Report on vaccination in the Province of Bengal - 1874-1889
Year: 1874
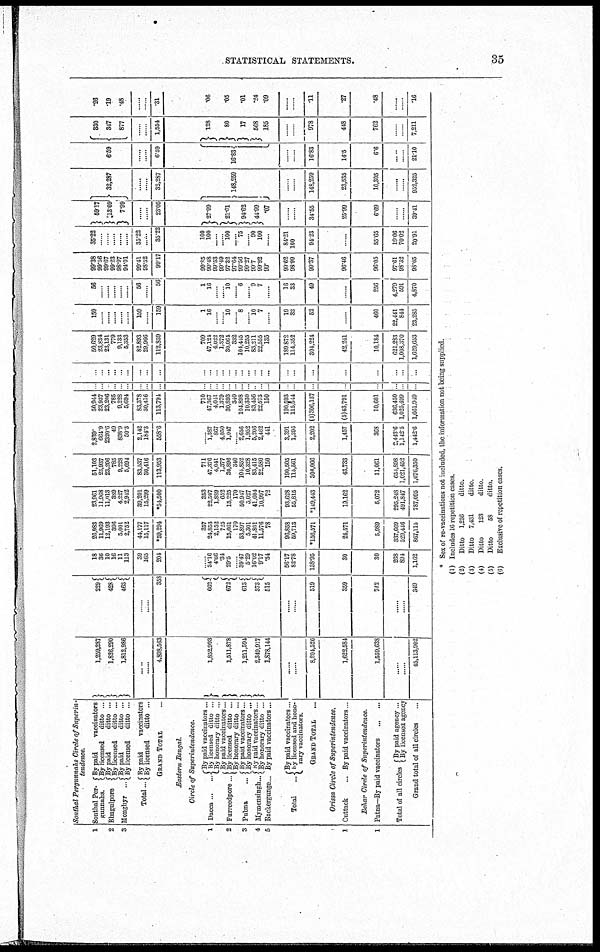
STATISTICAL STATEMENTS.
35
1
2
3
1
2
3
4
5
1
1
Sonthal Pergunnahs
Circle of Superin-
tendence.
Sonthal Per-
gunnahs.
Bhagulpore
Monghyr
...
Total ...
By paid vaccinators
By licensed
ditto ...
By paid
ditto ...
By licensed
ditto ...
By paid
ditto ...
By licensed
ditto ...
By paid
vaccinators
By licensed
ditto ...
GRAND TOTAL ...
Eastern
Bengal.
Circle of
Superintendence.
Dacca ... ...
Furreedpore...
Pubna ...
Mymensingh..
Backergunge..
Total ...
By paid vaccinators...
By licensed ditto ...
By honorary ditto ...
By paid vaccinators...
By licensed ditto ...
By honorary ditto ...
By paid vaccinators...
By honorary ditto ...
By paid vaccinators.
By honorary ditto ...
By paid vaccinators...
By paid vaccinators ..
By licensed and hono-
rary vaccinators.
GRAND TOTAL ...
Orissa Circle of
Superintendence.
Cuttack ...
By paid vaccinators ...
Behar Circle of
Superintendence.
Patna—By paid vaccinators
...
...
Total of all circles
By paid agency ..
By licensed agency
Grand total of all circles ...
1,259,287
1,826,290
1,812,986
......
......
4,898,563
1,852,993
1,511,878
1,211,594
2,349,917
1,878,144
......
......
8,804,526
1,622,584
1,559,638
......
......
45,113,902,
229
428
463
......
......
358
662
672
613
373
615
......
......
519
359
742
......
......
349
18
36
10
16
11
113
39
165
204
......
34.16
4.66
.34
29.5
... 39.47
5.29
16.02
9.17
.34
56.17
82.78
138.95
30
30
268
894
1,162
26,983
11,969
12,193
396
5,001
2,752
44,177
15,117
*59,294
357
24,853
2,152
725
15,661
170
53,897
5,301
41,801
11,576
78
96,858
59,713
*156,571
24,571
5,989
337,669
529,446
867,115
23,961
11,968
11,013
389
4,227
2,942
39,201
15,299
*54,500
353
22,507
1,889
652
15,225
170
50,947
5,027
41,604
10,997
72
93,628
55,815
*149,443
19,162
5,072
295,248
491,847
787,095
51,103
23,937
23,206
785
9,228
5,694
83,537
30,416
113,953
711
47,376
4,041
1,377
30,896
340
104,852
10,328
83,415
22,580
150
190,505
115,561
306,066
43,733
11,061
654,898
1,021,452
1,676,350
2,839.
664.9
2320.6
49
838.9
50.3
2,142
184.3
558.6
...
1,387
867
4,050
1,047
... 2,656
1,952
6,206
2,462
441
3,391
1,396
2,202
1,457
368
2,443.6
1,142.5
1,442.6
50,944
23,937
23,206
785
9,228
5,694
83,378
30,416
113,794
710
47,367
4,041
1,379
30,893
340
104,898
10,330
83,456
22,573
150
190,593
115,544
(4)306,137
(5)43,791
10,601
636,450
1,025,499
1,661,949
...
...
...
...
...
...
...
...
...
...
...
... ...
...
...
...
...
...
...
...
...
...
...
...
...
...
...
...
...
...
...
...
...
...
...
...
...
...
...
... ...
...
...
...
...
...
...
...
...
...
...
...
...
...
...
...
50,629
23,834
23,131
779
9,133
5,353
82,893
29,966
112,859
709
47,124
4,022
1,372
30,064
332
104,445
10,255
83,211
22,555
135
189,872
114,452
304,224
42,241
10,184
621,283
1,008,370
1,629,653
159
......
......
......
......
......
159
......
159
1
16
......
...... 10
...... 8
...... 10
7
......
19
33
52
......
460
22,441
844
23,285
56
......
......
......
......
......
56
......
56
1
16
...... ...... 10
...... 6
...... 9
7
......
16
33
49
......
256
4,279
591
4,870
99.38
99.56
99.67
99.23
98.97
94.01
99.41
98.52
99.17
99.85
99.48
99.53
99.49
97.32
97.64
99.56
99.27
99.7
99.92
90.
99.62
98.99
99.37
96.46
96.05
97.61
98.32
98.05
35.22
......
......
......
......
......
35.22
......
35.22
100
100
...... ...... 100
...... 75
...... 90
100
......
84.21
100
94.23
......
55.65
19.06
70.02
20.91
59.17
13.09
7.99
......
......
23.05
27.99
21.01
94.62
44.99
.07
......
......
34.55
25.99
6.69
......
......
39.41
32,287
......
......
32,287
148,259
......
......
148,259
23,535
10,305
......
......
952,325
6.59
......
......
6.59
16.83
......
......
16.83
14.5
6.6
......
......
21.10
330
347
877
......
......
1,554
128
80
17
568
185
......
......
978
448
762
......
......
7,211
.26
.19
.48
......
......
.31
.06
.05
.01
.24
.09
......
......
.11
.27
.48
......
......
.16
* Sex of re-vaccinations not included, the information not being supplied.
(1) Includes 16 repetition cases.
(2)
Ditto
1,256
ditto.
(3)
Ditto
7,431
ditto.
(4)
Ditto
123
ditto
(5)
Ditto
58
ditto.
(6)
Exclusive of repetition cases.